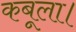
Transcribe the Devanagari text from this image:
कबूला।